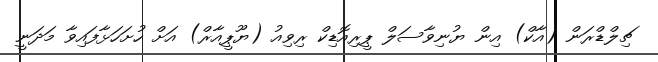
ޗިލްޑްރަން (އާކް) އިން ޔުނިވާސަލް ޕީރިއޮޑިކް ރިވިއު (ޔޫޕީއާރް) އަށް ހުށަހަޅާފައިވާ މަދަނީ